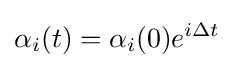
\alpha _{i}(t)=\alpha _{i}(0)e^{i\Delta t}